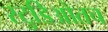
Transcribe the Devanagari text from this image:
स्टुडिओतच